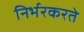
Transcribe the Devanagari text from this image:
निर्भरकरते